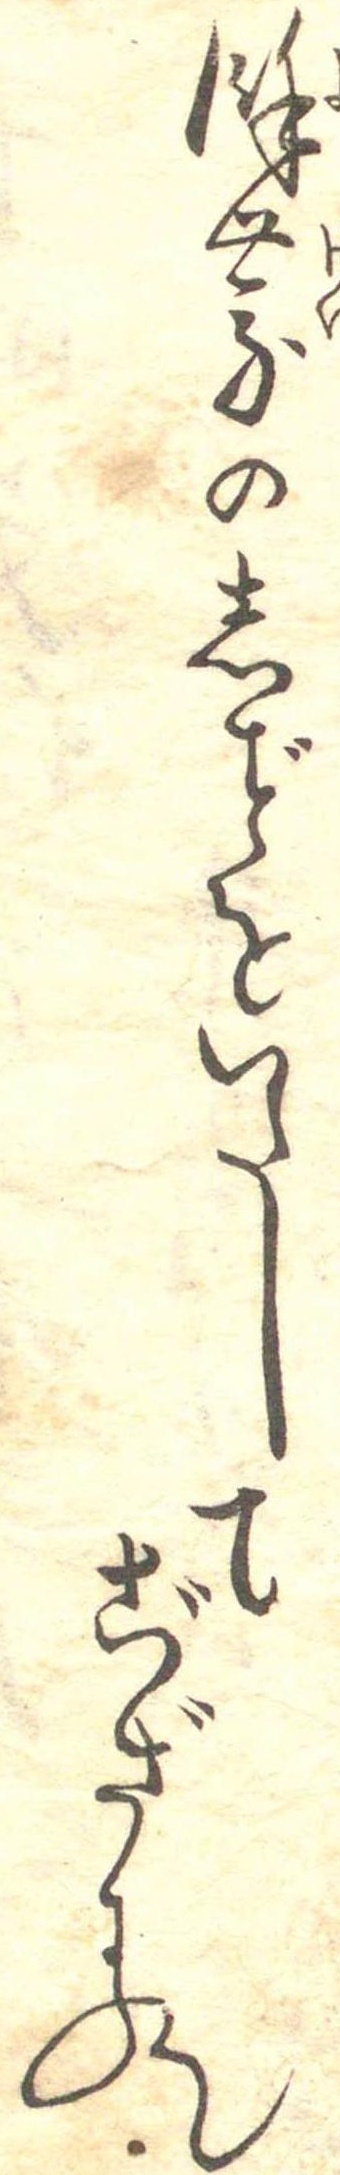
余景のしをいたしてござる